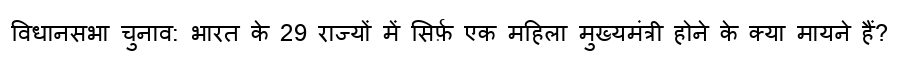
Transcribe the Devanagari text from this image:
विधानसभा चुनाव: भारत के 29 राज्यों में सिर्फ़ एक महिला मुख्यमंत्री होने के क्या मायने हैं?